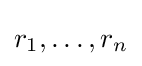
r_{1},\dots ,r_{n}